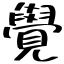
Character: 覺